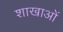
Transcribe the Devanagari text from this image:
शाखाआें